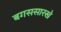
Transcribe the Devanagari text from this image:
बगससारखे